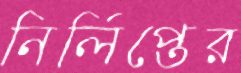
নির্লিপ্তের